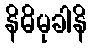
နိဓိမုခါနိ